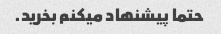
حتما پیشنهاد میکنم بخرید.